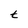
Character: t